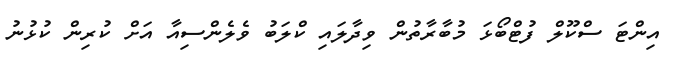
އިންޓަ ސްކޫލް ފުޓްބޯޅަ މުބާރާތުން ވިދާލައި ކްލަބު ވެެލެންސިއާ އަށް ކުރިން ކުޅުނު